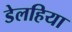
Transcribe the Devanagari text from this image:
डेलहिया